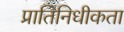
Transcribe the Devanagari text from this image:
प्रातिनिधीकता